Eesti_Vabariigi_Tartu_Ulikool, lk 88
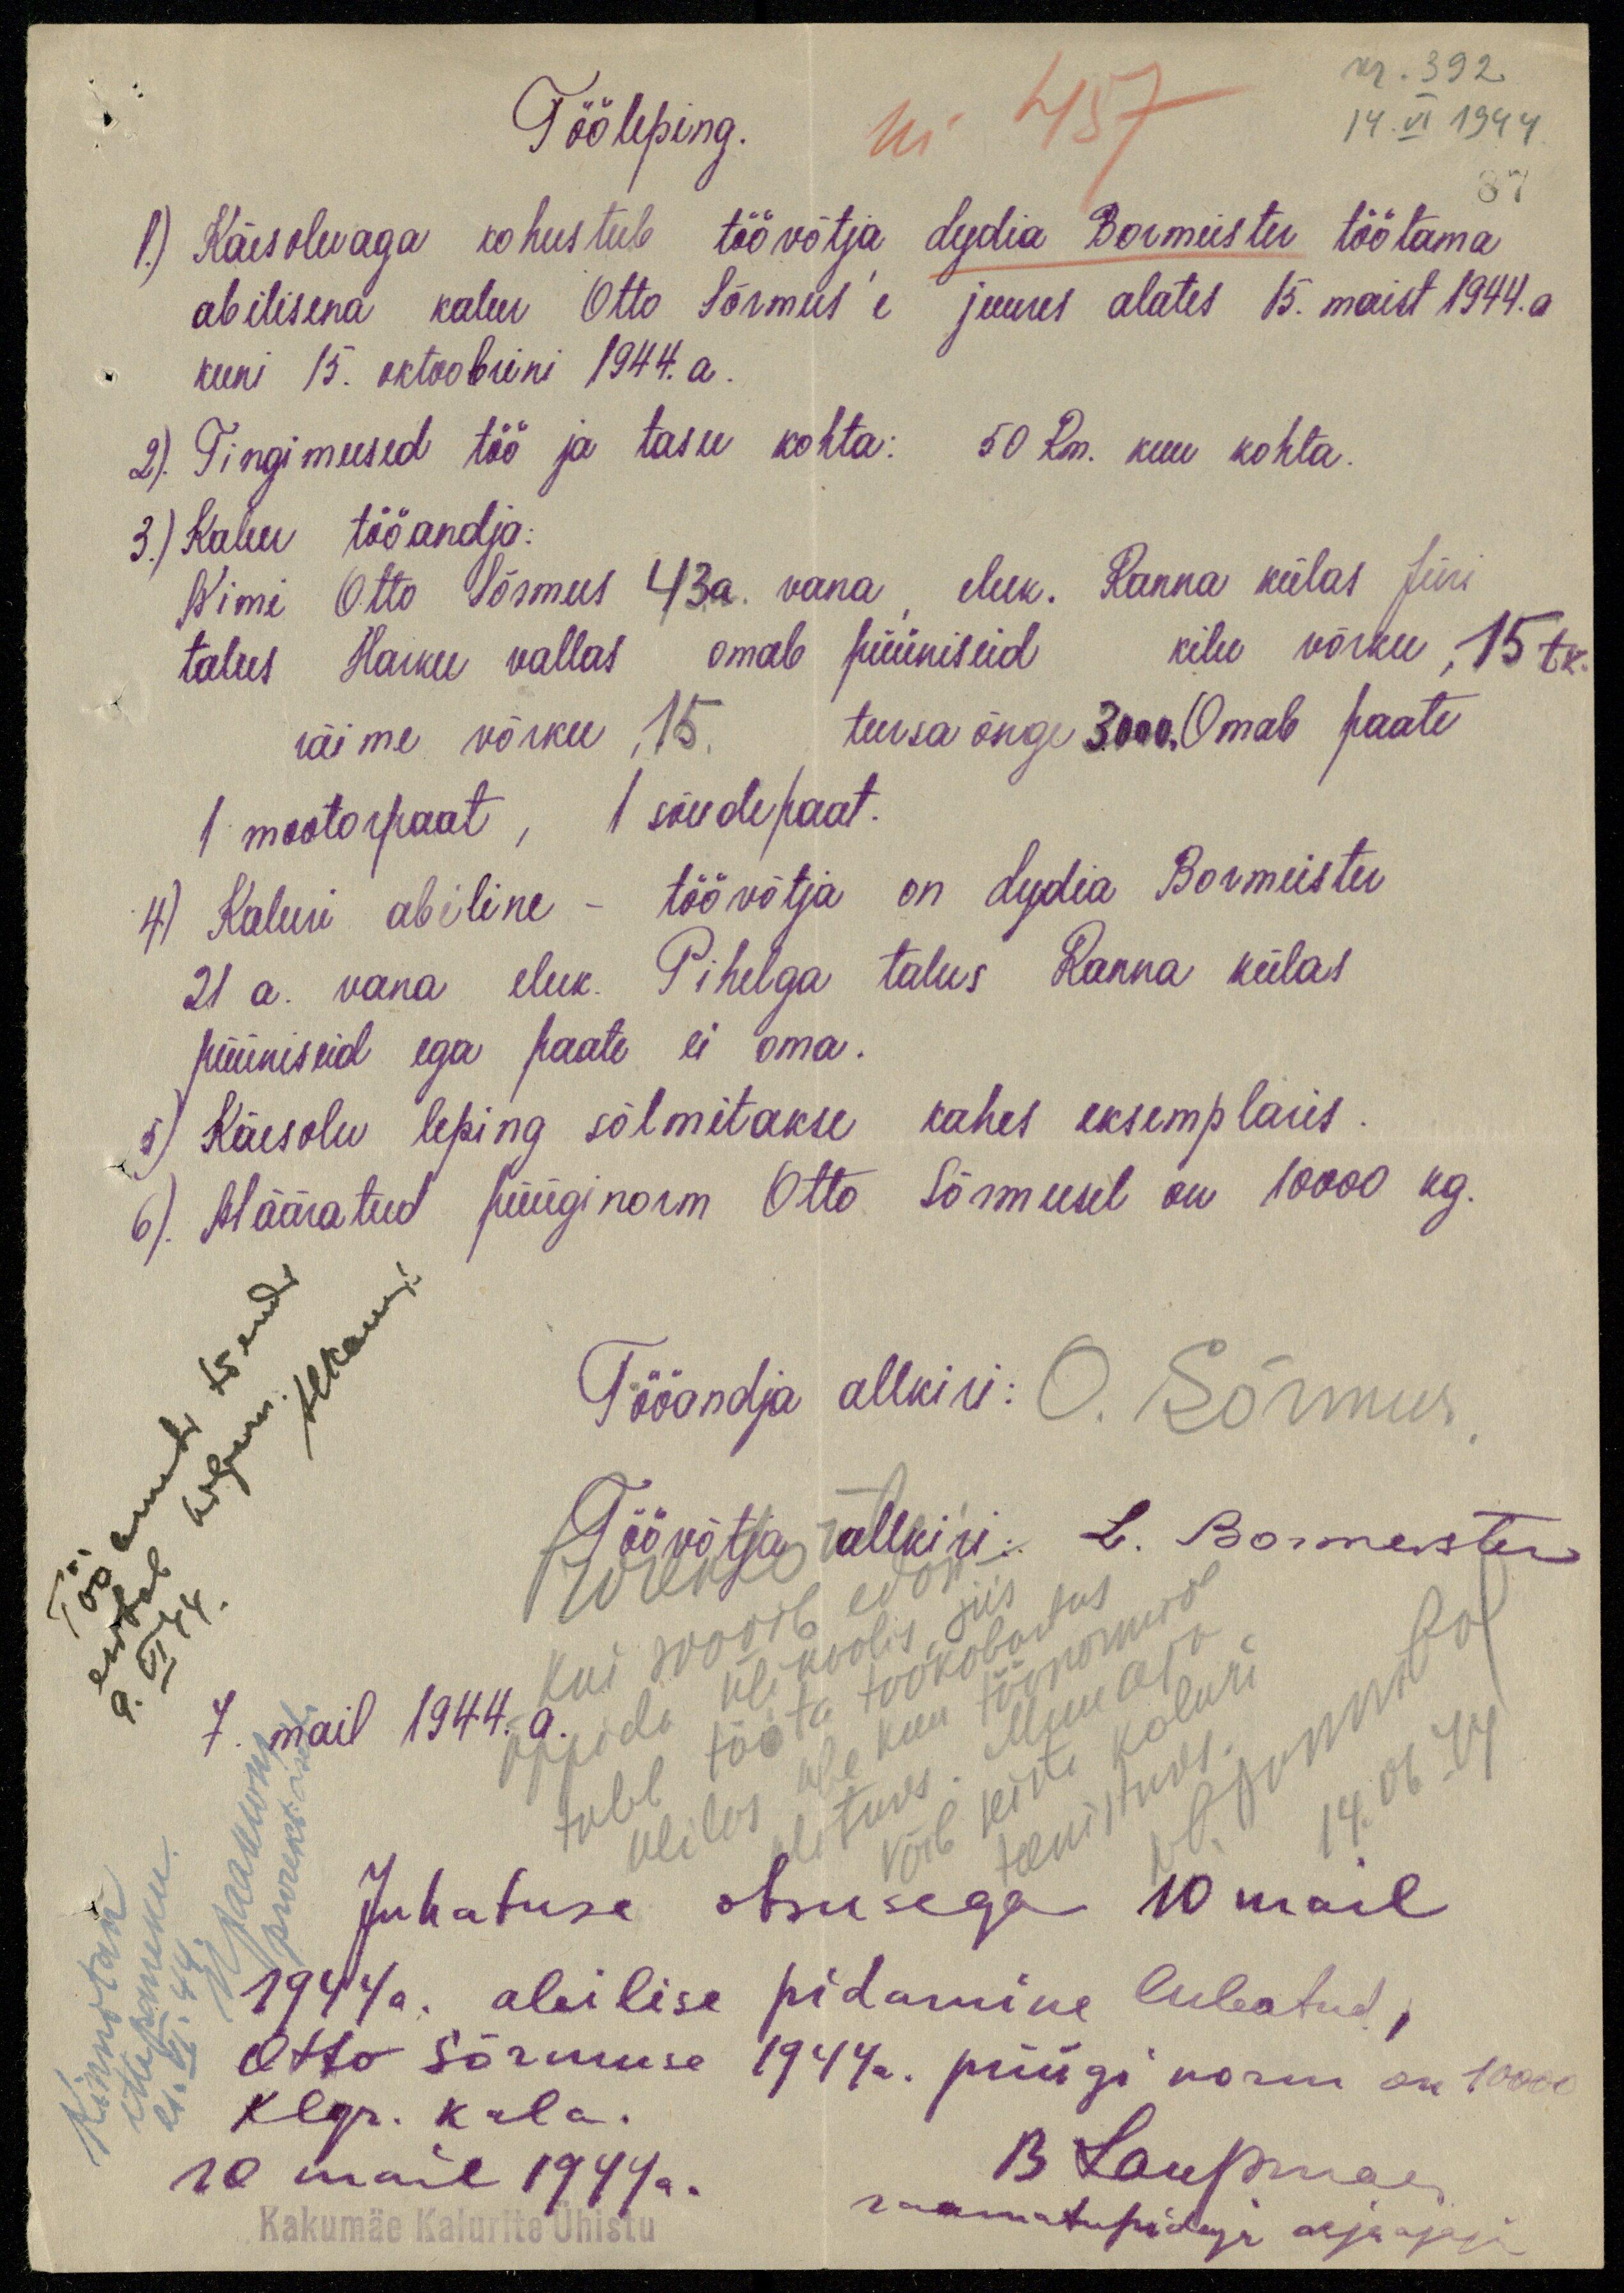
nr. 392.
14.VI 1944
87
nr. 457
Tööleping.
1.) Käesolevaga kohustub töövõtja Lydia Bormeister töörama
abilisena kalur Otto Sõrmus'e juures alates 15. maist 1944.a
kuni 15. oktoobrini 1944. a.
2). Tingimused töö ja tasu kohta: 50 Rm. kuu kohtа.
3.) Kalur tööandja:
Nimi Otto Sõrmus 43.a. vana, eluk. Ranna külas Jüri
talus Harku vallas omal püüniseid kilu võrku ,15 tk.
räime võrku ,15. tursa õnge 3000.Omab paate
1 mootorpaat, 1 sõudepaat.
4) Kaluri abiline - töövõtja on Lydia Bormeister
21 a. vana eluk. Pihelga talus Ranna külas
püüniseid ega paate ei oma.
5) Käesolev leping sõlmitakse kahes eksemplaris.
6). Määratud püüginorm Otto Sõrmusel on 10000 kg.
Tööameti tõendi
esitab hiljem.
HKaunis
9. VI 44
Tööandja allkiri: O. Sõrmus
Töövõtja allkiri: L. Bormeister
7. mail 1944.
Kui soovib edasi
õppida ülikoolis, siis
tuleb täita töökohustus
Ulilas ühe kuu töönormide
ulatuses. Muu aja
võib seista kaluri
teenistuses.
WO. Hannibal
14.06.44
Kinnitan
ettepaneku.
21.VI.44.
U. Jaakson
prorekt. aset.
Juhatuse otsusega 10 mail
1944 a. abilise pidamine lubatud,
Otto Sõrmuse 1944a. püügi norm on 10000
klgr. kala.
B Laupman
raamatupidaja asjaajaja
10 mail 1944a.
Kakumäe Kalurite Ühistu